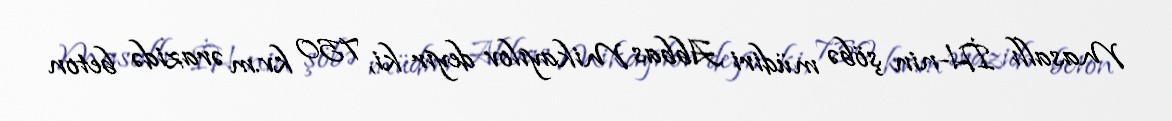
Masallı İH-nin şöbə müdiri Abbas Mikayılov deyir ki, 750 kv.m ərazidə beton